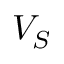
V _ { S }